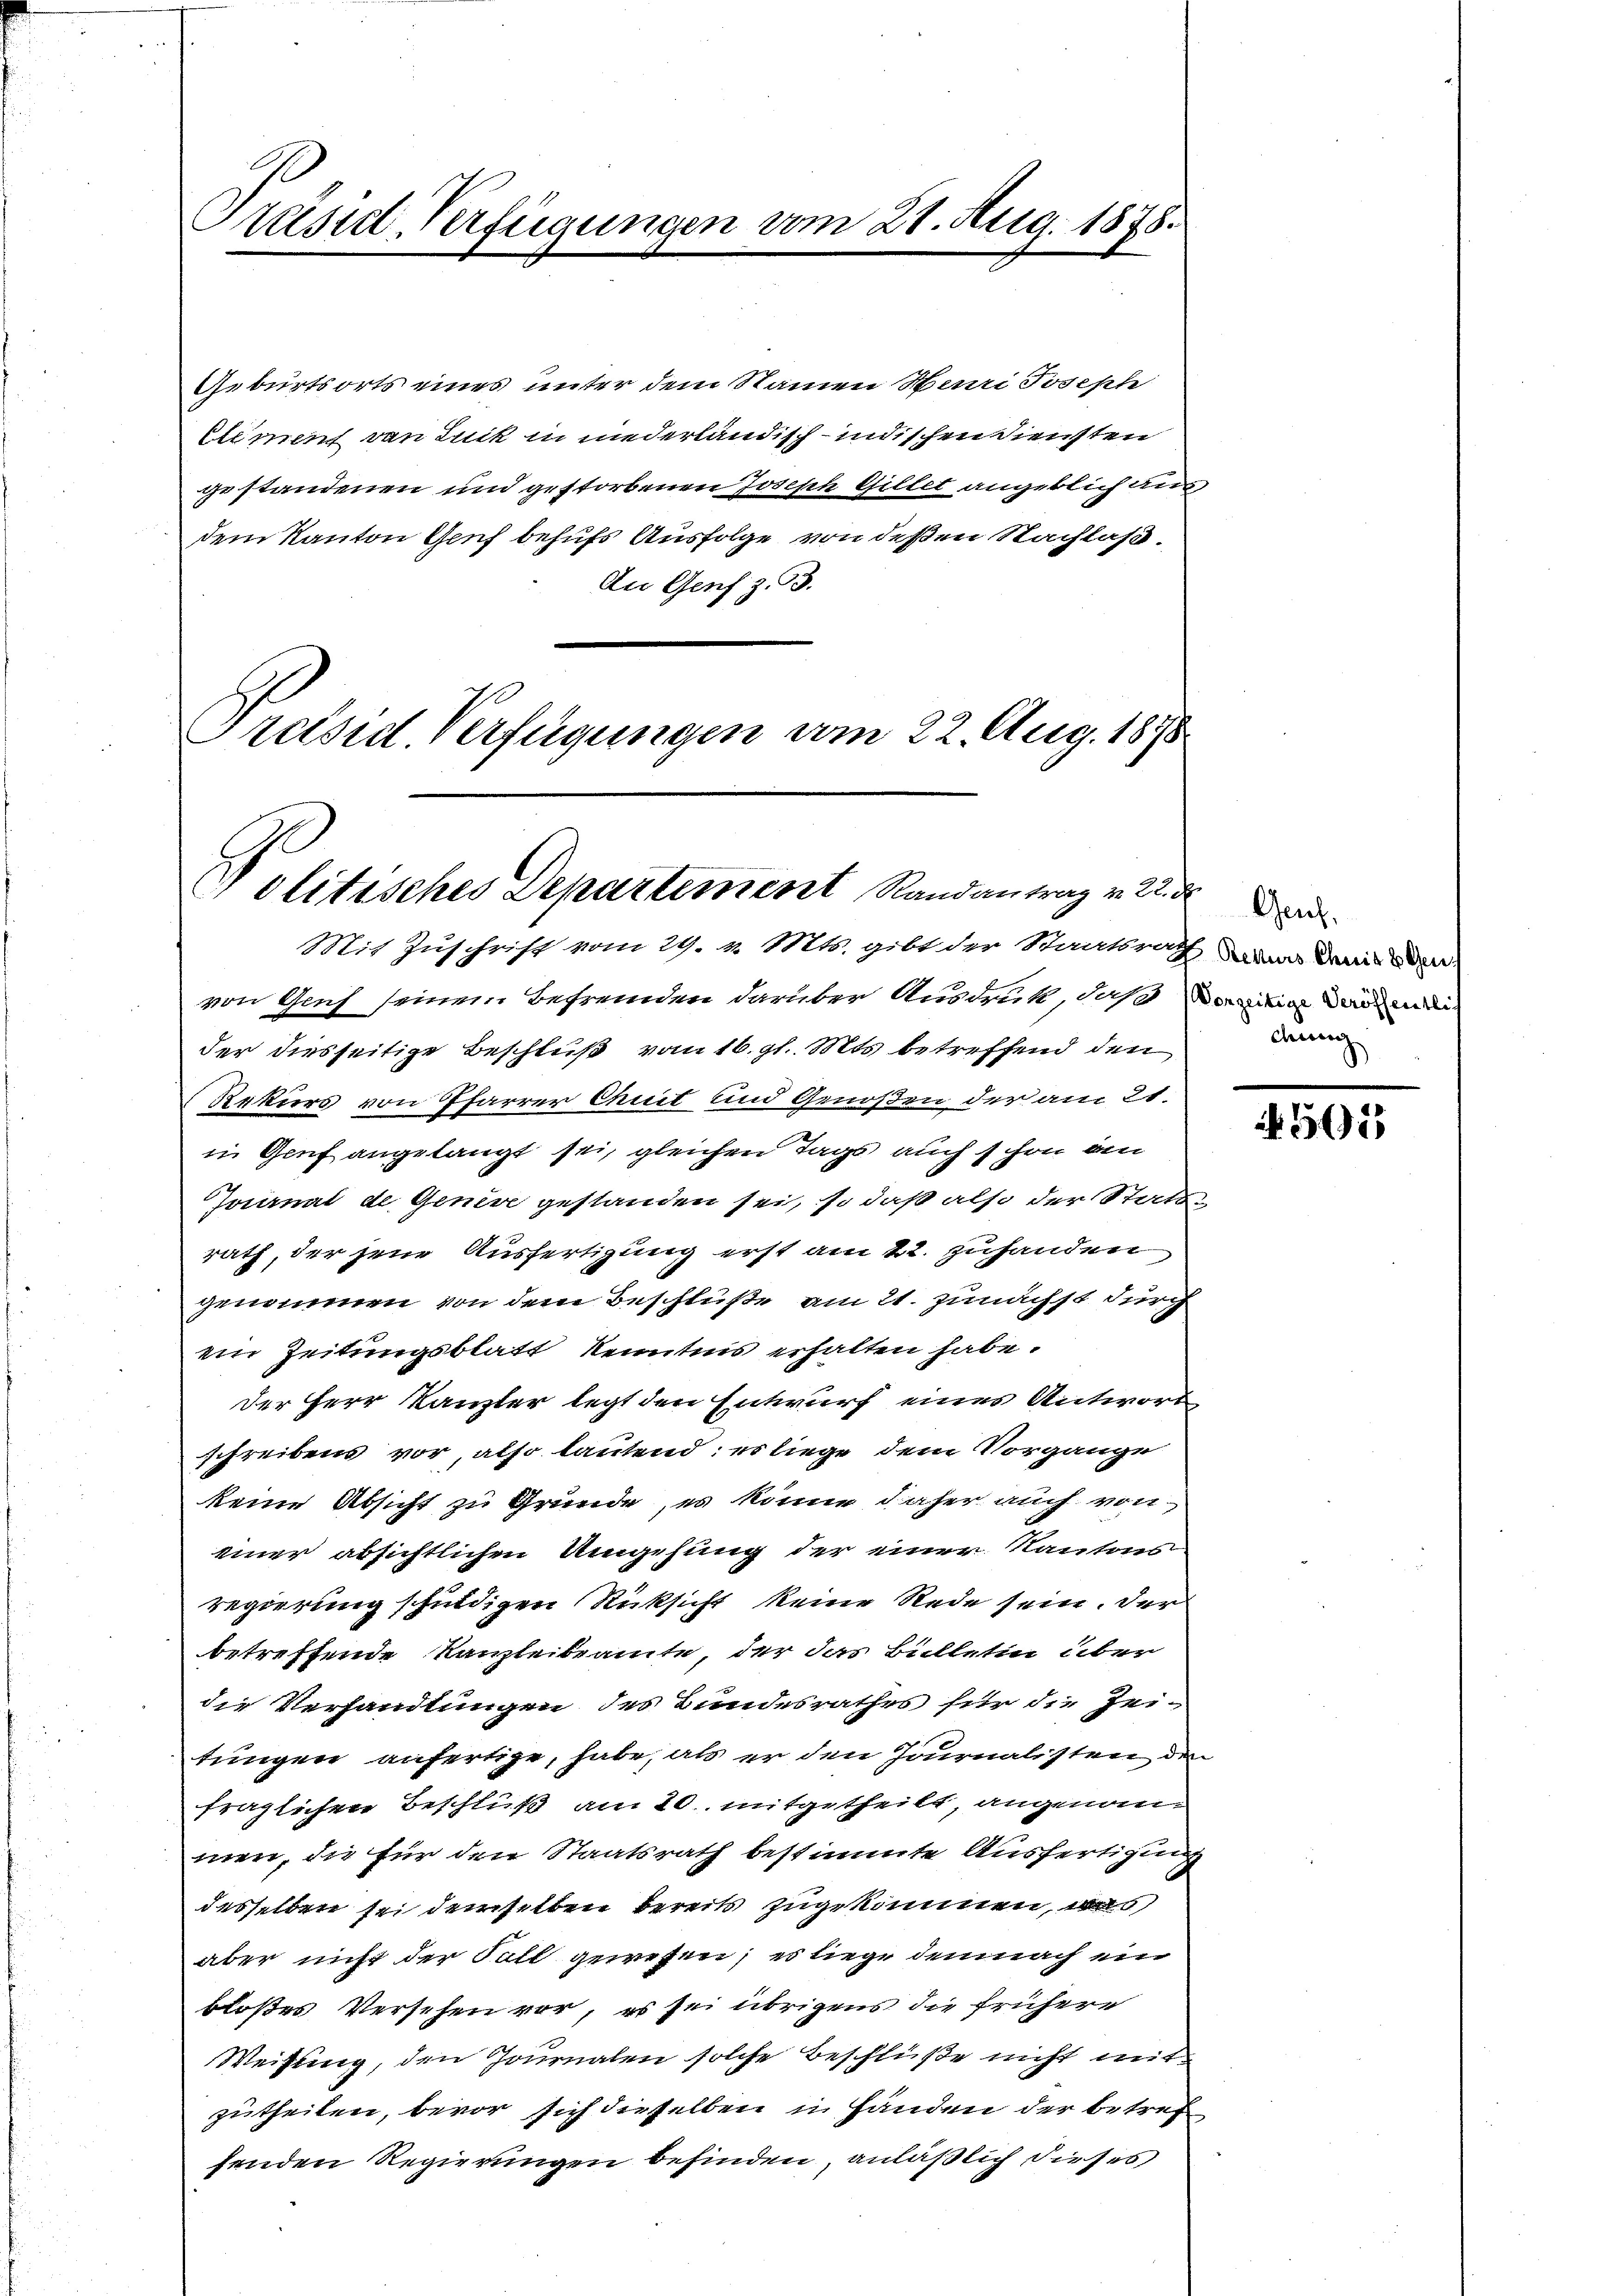
Präsid-Verfügungen vom 27. Aug. 1878.

Geburtsorts eines unter dem Namen Henri Joseph
Element von Luck in niederländisch-indischen Diensten
gestandenen und gestorbenen Joseph Giltet angeblich an
dem Kanton Genf behufs Ausfolge von deßen Nachlaß.
An Genf z. 93.

Preisid. Verfügungen vom 22. Aug. 1878
Politisches Departement Randantrag v. 22. d
Mit Zuschrift vom 29. v. Mts. gibt der Staatsrath zwar damit den

von Genf seinem Befremden darüber Ausdruck, daß dereitige der mi
der diesseitige Beschluß vom 16. gl. Mts. betreffend den
Rekurs von Pfarrer Quit und Genoßen der am 21.
in Gruf angelangt sei, gleichen Tags auch schon am
Journal de Genève gestanden sei, so daß also der Statun
rath, der jene Ausfertigung erst am 22. zuhanden
genommen von dem Beschlüße am 21. zunächst durch
ein Zeitungsblatt Kenntnis erhalten habe.
der Herr Kanzler legt den Entwurf eines Antwort
schreibens vor, also lautend; es liege dem Vorgänge
keine Absicht zu Gründe, es könne daher auch von
einer absichtlichen Umgehung der einer Kantons
regierung schuldigen Rücksicht keine Rede sein. Der
betreffende Kanzleibeamte, der das Bülletin über
die Verhandlungen des Bundesrathes für die Zeitungen anfertige, habe, als er den Journalisten den
fraglichen Beschluß am 20. mitgetheilt, angenommen, die für den Staatsrath bestimmte Ausfertigung
desselben sei demselben bereits zugekommen, was
aber nicht der Soll gewesen; es liege demnach ein
bloßes Versehen vor, es sei übrigens die frühere
Weisung, den Journalen solche Beschlüße nicht mitzutheilen, bevor sich dieselben in Händen der betref
fenden Regierungen befinden, anläßlich dieses

Geut.
dung

N 565